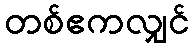
တစ်ဧကလျှင်